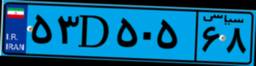
۵۳D۵۰۵۶۸